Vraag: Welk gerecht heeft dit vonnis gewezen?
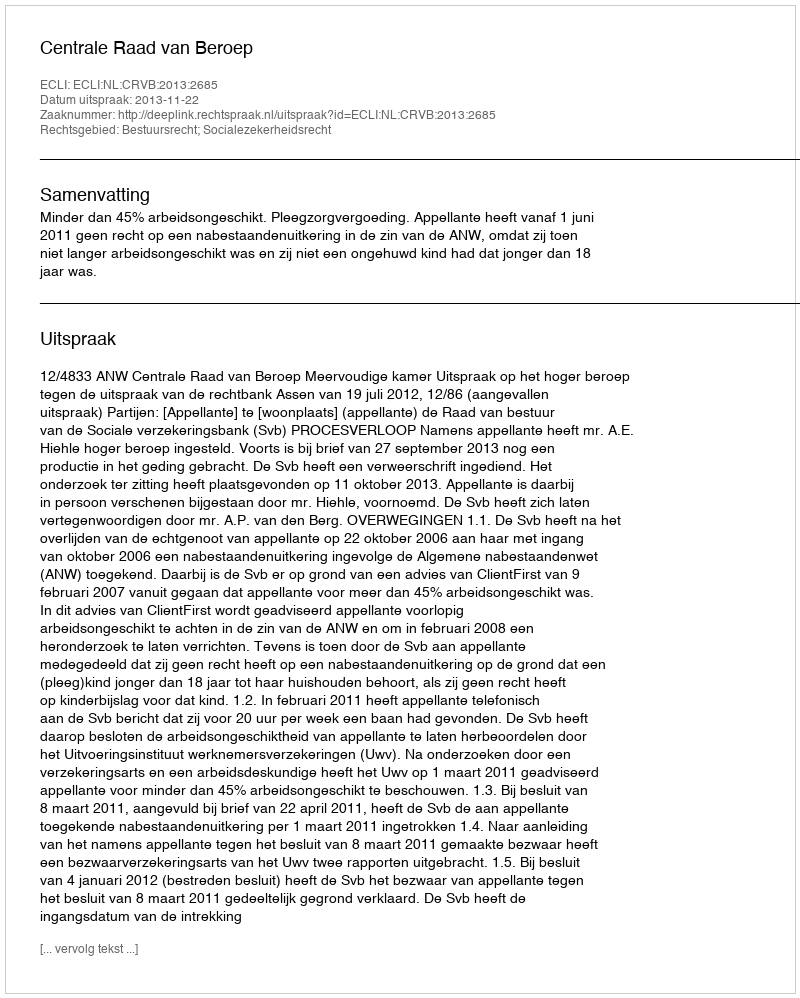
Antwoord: Centrale Raad van Beroep